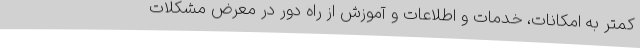
کمتر به امکانات، خدمات و اطلاعات و آموزش از راه دور در معرض مشکلات